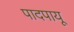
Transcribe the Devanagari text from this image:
पादपायू